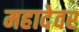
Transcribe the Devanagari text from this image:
महादेवर